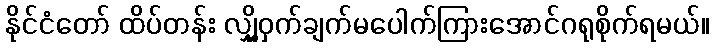
နိုင်ငံတော် ထိပ်တန်း လျှို့ဝှက်ချက်မပေါက်ကြားအောင်ဂရုစိုက်ရမယ်။